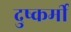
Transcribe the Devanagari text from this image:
दुष्कर्मी